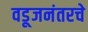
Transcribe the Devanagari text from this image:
वडूजनंतरचे